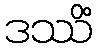
ဒဿိံ